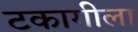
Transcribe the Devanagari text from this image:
टकागीला